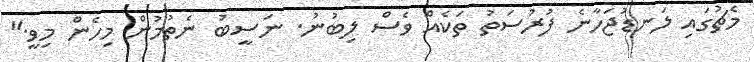
މެޗުގައި ލަނޑުޖަހާނެ ފުރުސަތު ތަކެއް ވެސް ލިބުނު. ނަސީބު ނެތުމުން މިހެން މިވީ."